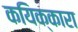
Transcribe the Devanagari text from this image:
कयिक्कारा